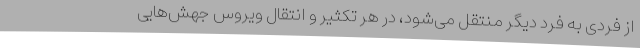
از فردی به فرد دیگر منتقل می‌شود، در هر تکثیر و انتقال ویروس جهش‌هایی